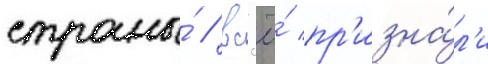
страны́ / вс'ё́ пр'изна́л'и